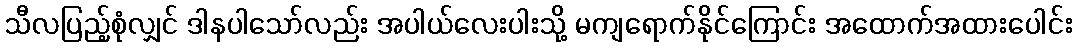
သီလပြည့်စုံလျှင် ဒါနပါသော်လည်း အပါယ်လေးပါးသို့ မကျရောက်နိုင်ကြောင်း အထောက်အထားပေါင်း